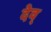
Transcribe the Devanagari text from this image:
देव्